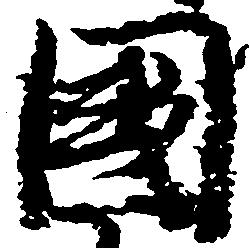
国